Report of the Municipal Commissioner on the plague in Bombay for the year ending 31st May... - Volume 3
Disease focus: Plague
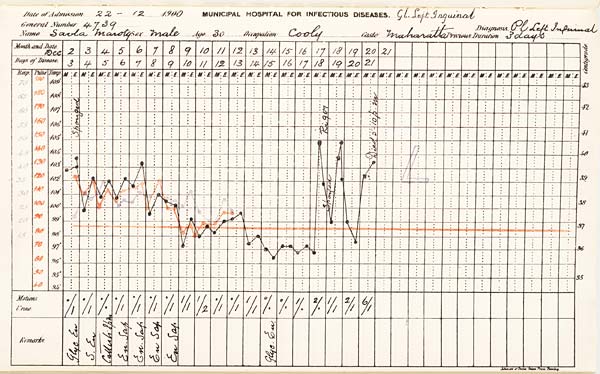
Date
of
Admission
1900
MUNICIPAL
HOSPITAL
FOR
INFECTIOUS
DISEASES.
General
Number
Diagnosis
Name
Sex
Age
Occupation
Caste
Previous
Duration